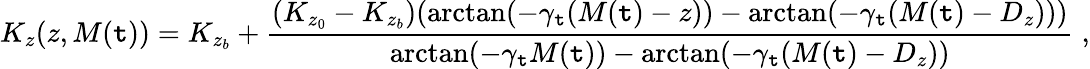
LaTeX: K_{z}(z,M(\mathtt{t}))=K_{z_{b}}+\frac{{(K_{z_{0}}-K_{z_{b}})(\arctan(-\gamma_{\mathtt{t}}(M(\mathtt{t})-z))-\arctan(-\gamma_{\mathtt{t}}(M(\mathtt{t})-D_{z})))}}{{\arctan(-\gamma_{\mathtt{t}}M(\mathtt{t}))-\arctan(-\gamma_{\mathtt{t}}(M(\mathtt{t})-D_{z}))}}\; ,